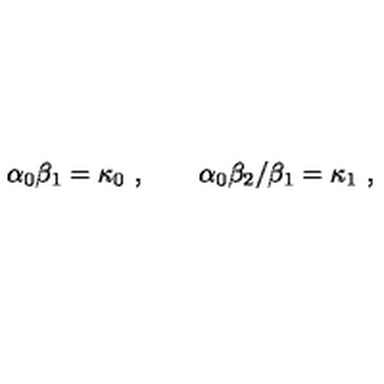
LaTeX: \alpha _ { 0 } \beta _ { 1 } = \kappa _ { 0 } \ , \qquad \alpha _ { 0 } \beta _ { 2 } / \beta _ { 1 } = \kappa _ { 1 } \ ,